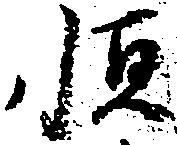
恒